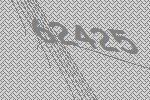
62425